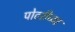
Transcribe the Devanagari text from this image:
पोटरीच्या